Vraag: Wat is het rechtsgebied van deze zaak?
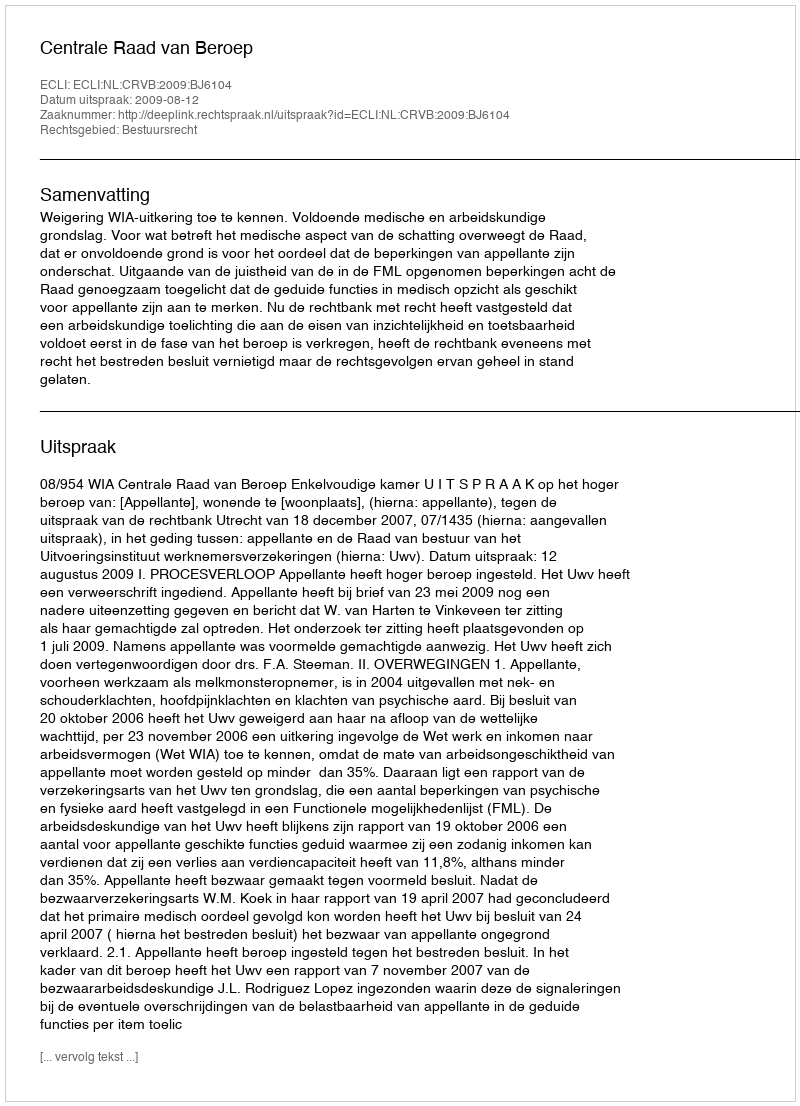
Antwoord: Bestuursrecht